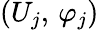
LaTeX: (U_{j},\, \varphi_{j})